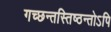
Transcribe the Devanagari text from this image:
गच्छन्तस्तिष्ठन्तोऽपि